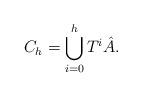
LaTeX: \begin{align*}C_h = \bigcup_{i=0}^h T^i \hat{A} . \end{align*}